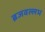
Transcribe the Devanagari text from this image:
ब्रजवल्लभ